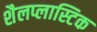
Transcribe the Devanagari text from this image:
शैलप्लास्टिक